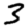
Digit: 3